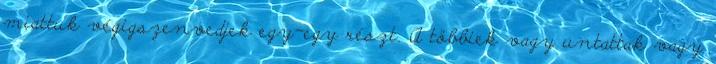
miattuk végigszenvedjek egy-egy részt. A többiek vagy untattak vagy